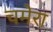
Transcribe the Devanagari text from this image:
चमेरा